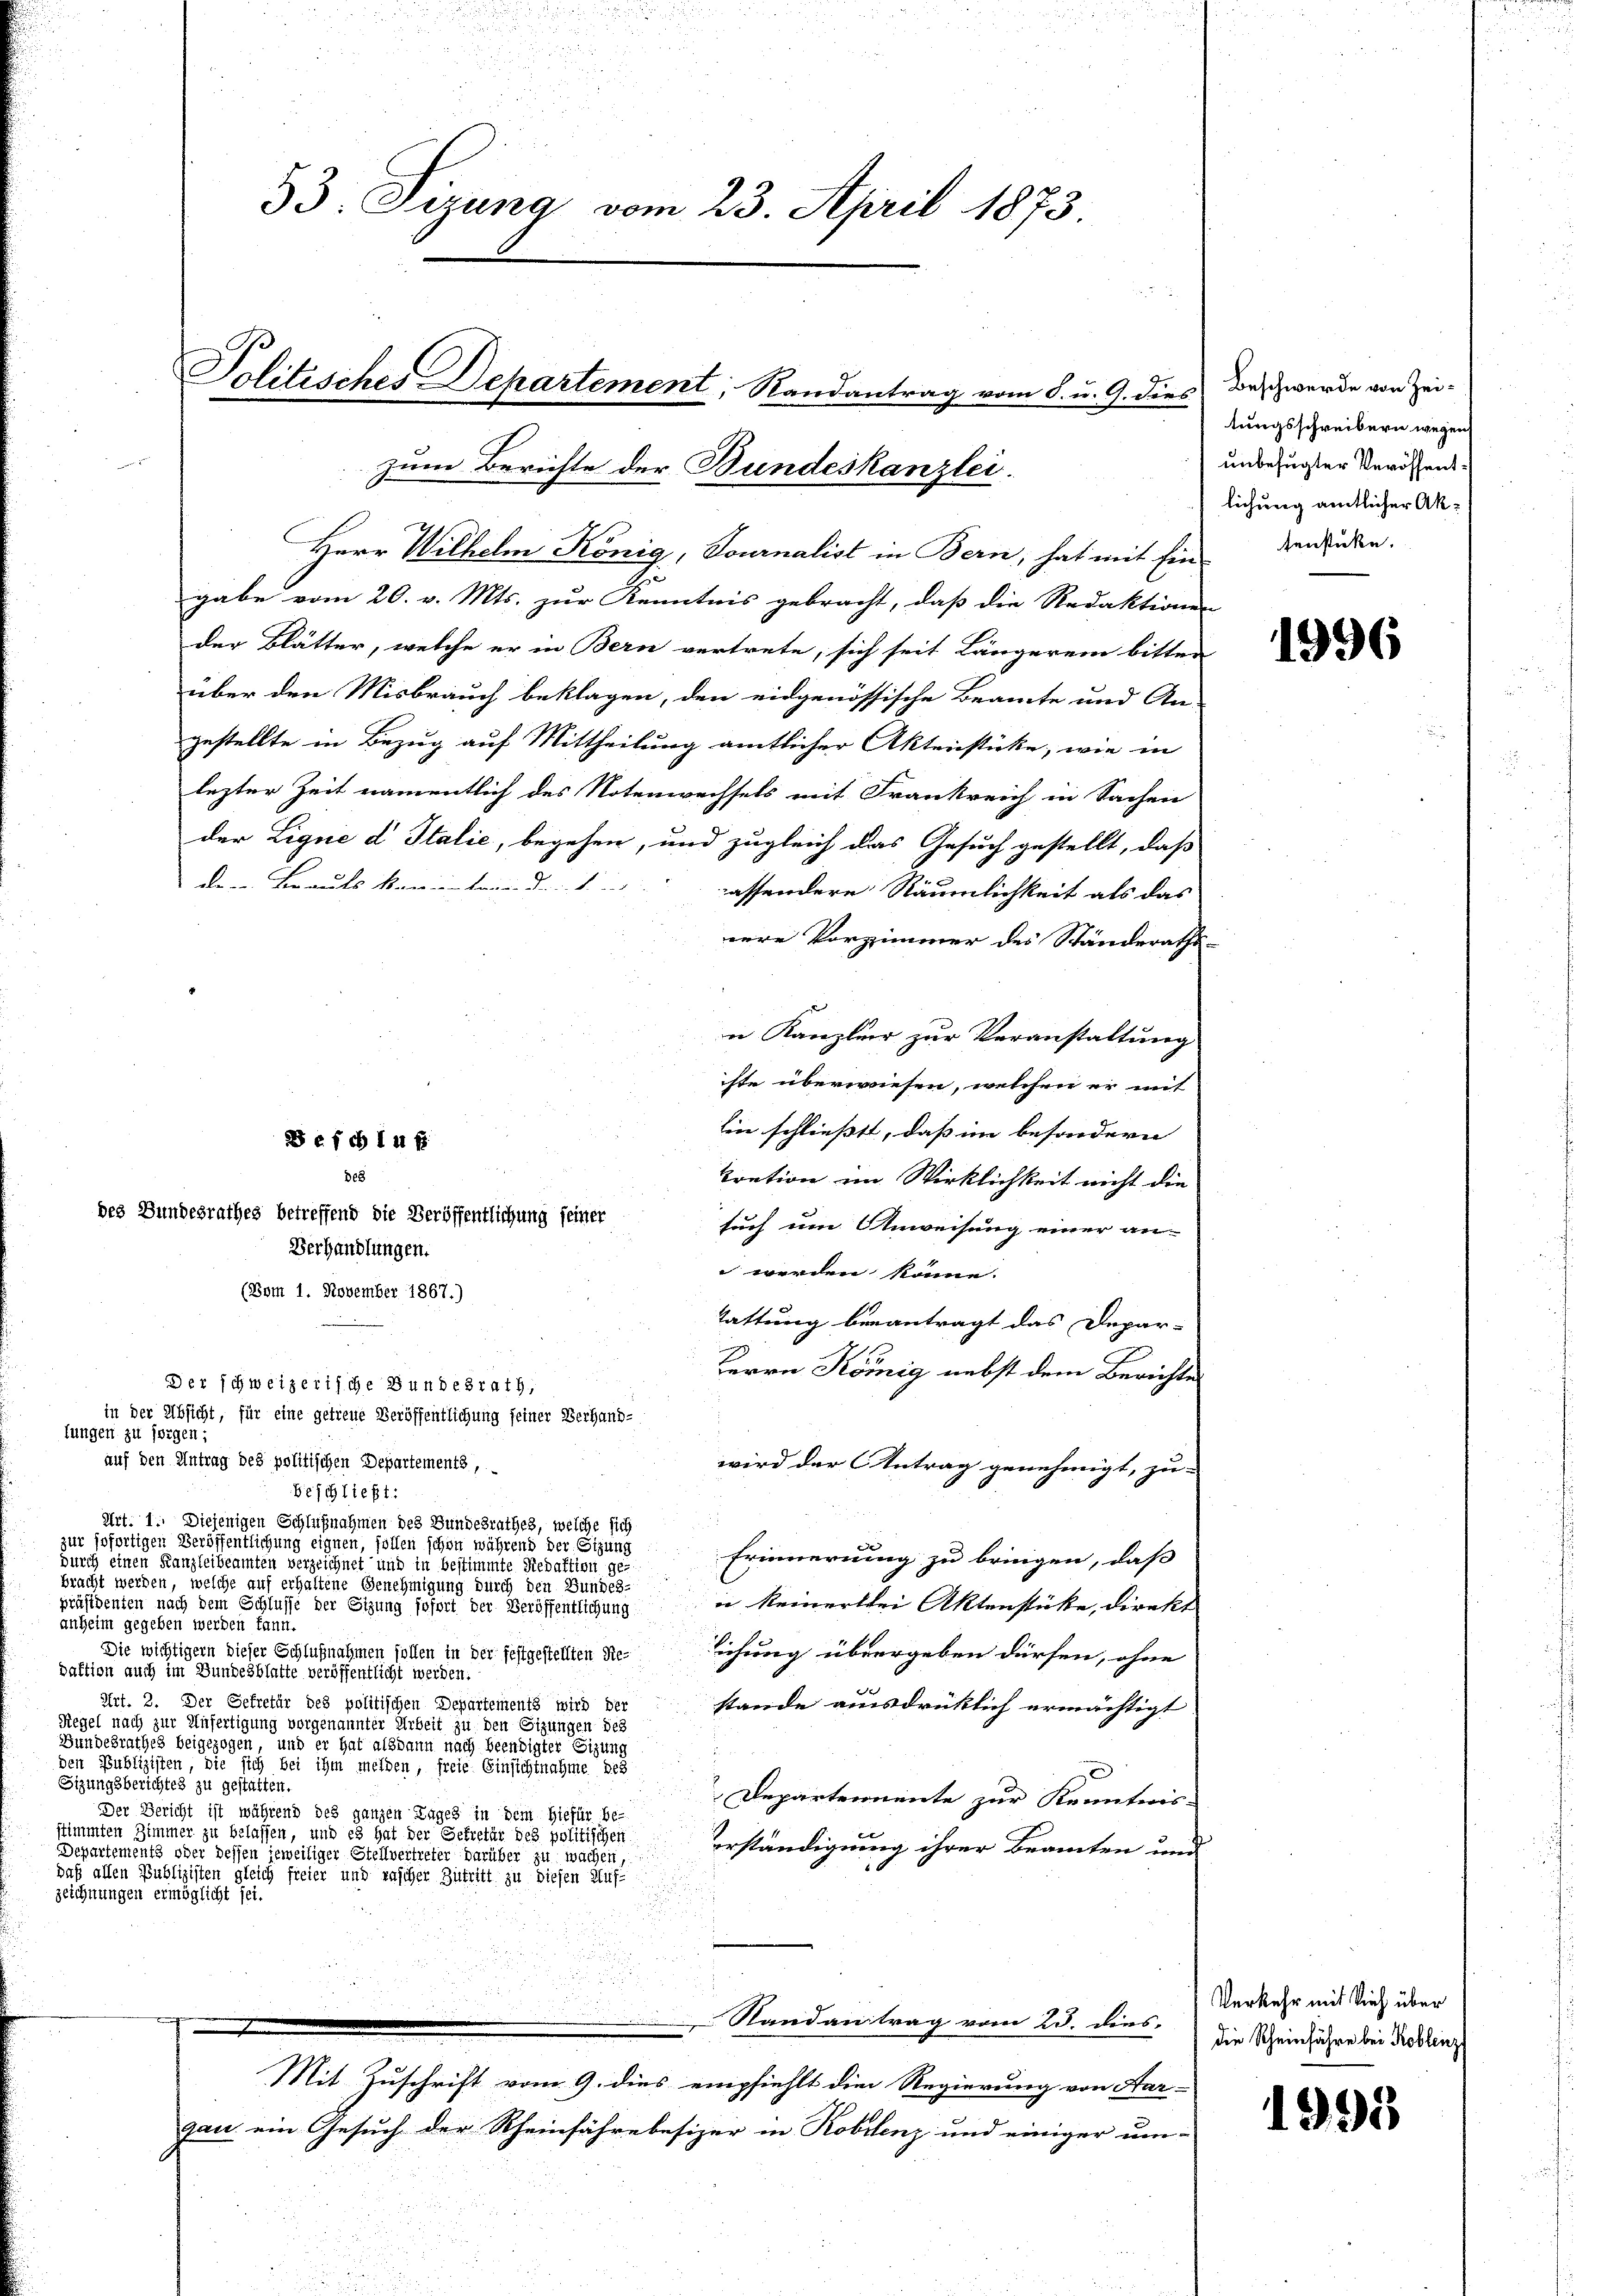
33. Sizung vom 23. April 1873
Politisches Departement, Randantrag vom 8. u. 9. dies
zum Berichte der Bundeskanzlei.

gabe vom 20. v. Mts. zur Kenntnis gebracht, daß die Redaktion
der Blätter, welche er in Bern vertrete, sich seit Längerein bitt
über den Misbrauch beklagen, den eidgenössische Beamte und An
gestellte in Bezug auf Mittheilung amtlicher Aktenstücke, wie in
lezter Zeit namentlich des Notenwechsels mit Frankreich in Sachen
der Lique d Italie, begehen, und zugleich das Gesuch gestellt, daß
assendere Räumlichkeit als das
cere Vorzimmer des Ständerath
n Kanzlei zur Veranstaltung
iste überwiesen, welchen er mit
Ein schließt, dass im besondern |
tration im Wirklichkeit nicht die
such um Anweisung einer an-
 werden könne.
(Bom 1. November 1867.)
tattung benantragt das Depar-
Herrn König nebst dem Bericht.
Der schweizerische Bundesrath,
in der Absicht, für eine getreue Veröffentlichung seiner Verhand-
lungen zu sorgen;
auf den Antrag des politischen Departements,
wird der Antrag genehmigt, zu
beschließt:
Art. 1. Diejenigen Schlußnahmen des Bundesrathes, welche sich
zur sofortigen Veröffentlichung eignen, sollen schon während der Sitzung
Erinnerung zu bringen, daß
durch einen Kanzleibeamten verzeichnet und in bestimmte Redaktion gebracht werden, welche auf erhaltene Genehmigung durch den Bundes-
u keinerthei Aktenstücke, direkpräsidenten nach dem Schlusse der Sitzung sofort der Veröffentlichung
anheim gegeben werden kann.
Die wichtigern dieser Schlußnahmen sollen in der festgestellten Relichung übergeben dürfen, ohne
daktion auch im Bundesblatte veröffentlicht werden.
Art. 2. Der Gefretär des politischen Departements wird der
stande ausdrücklich ermächtigt
Regel nach zur Unfertigung vorgenannter Arbeit zu den Sizungen des
Gundesrathes beigezogen, und er hat alsdann nach beendigter Sitzung
den Publizisten, die sich bei ihm melden, freie Einsichtnahme des
Sizungsberichtes zu gestatten.
Departennente zur Kenntnis
Der Bericht ist während des ganzen Tages in dem hiefür be-
stimmten Zimmer zu belassen, und es hat der Gekretär des politischen
erständigung ihrer Beamten un
Departements oder dessen jeweiliger Stellvertreter darüber zu wachen,
daß allen Publizisten gleich freier und rascher Zutritt zu diesen Auf-
zeichnungen ermöglicht sei.
Randantrag vom 23. dies
Mit Zuschrift vom 9. dies empfiehlt die Regierung von Aar-
gau ein Gesuch der Rheinfahre besizer in Robilenz und einiger um-

dere Brauts kanntendenken
 e f ch in f
De3

des Bundesrathes betreffend die Veröffentlichung seiner
Verhandlungen.

Herr Wilhelm König, Tournalist in Bern, hat mit Er

Beschwerde von Zeitungsschreibern wegen
unbefugter Veröffentlichung amtlicher Aktenstücke.

er
e

1996

Verkehr mit Vieh über
die Rheinführe bei Koblenz

1995